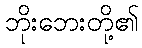
ဘိုးဘေးတို့၏